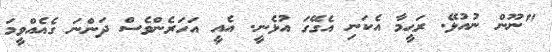
"ނޫން ނުއުޅޭ. ރަޙީމާ އެކަނި އެގޭގަ އުޅެނީ. އެއީ އަހަރެންވެސް ދަންނަ ގެއެއްވީމަ